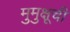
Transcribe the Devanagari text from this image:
मुमुक्षूची